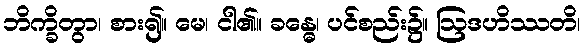
ဘိက္ခိတွာ၊ စား၍။ မေ၊ ငါ၏။ ခန္ဓေ၊ ပင်စည်း၌။ ဩဒဟိဿတိ၊